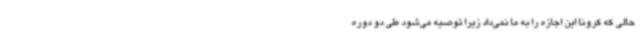
حالی که کرونا این اجازه را به ما نمی‌داد زیرا توصیه می‌شود طی دو دوره